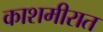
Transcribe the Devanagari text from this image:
काशमीरात